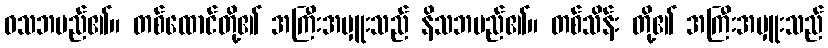
ဝသဘမည်၏။ တစ်ထောင်တို့၏ အကြီးအမှူးသည် နိသဘမည်၏။ တစ်သိန်း တို့၏ အကြီးအမှူးသည်